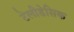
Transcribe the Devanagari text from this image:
टेलीडेसिक